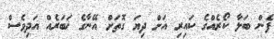
ފެން ބަލާ ކޯރެއްގެ ކައިރި އަށް ދިޔަ ގޮތަށް އޭނާގެ ޚަބަރެއް އަދިވެސް